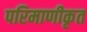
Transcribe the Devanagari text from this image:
परिमाणीकृत